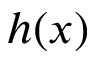
h ( x )